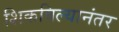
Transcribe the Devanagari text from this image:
शिकविल्यानंतर